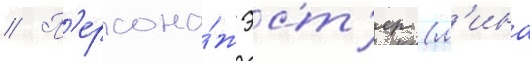
// П'ерсона́ж эст'ер (л'ина